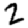
Digit: 2